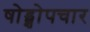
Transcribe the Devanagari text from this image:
षोड्शोपचार